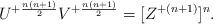
LaTeX: \begin{align*}U^{+{n(n+1)\over2}}V^{+{n(n+1)\over2}}=[Z^{+{(n+1)}}]^n.\end{align*}